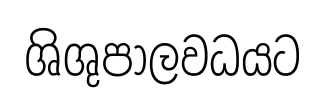
ශිශුපාලවධයට